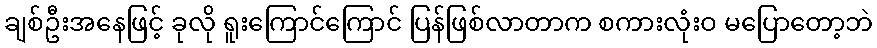
ချစ်ဦးအနေဖြင့် ခုလို ရူးကြောင်ကြောင် ပြန်ဖြစ်လာတာက စကားလုံးဝ မပြောတော့ဘဲ